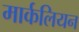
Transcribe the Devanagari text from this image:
मार्कलियन